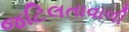
જટિલતાવાળી